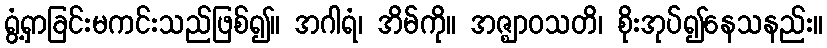
ရွံ့ရှာခြင်းမကင်းသည်ဖြစ်၍။ အဂါရံ၊ အိမ်ကို။ အဇ္ဈာဝသတိ၊ စိုးအုပ်၍နေသနည်း။